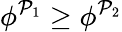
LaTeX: \phi^{\mathcal{P}_{1}}\geq\phi^{\mathcal{P}_{2}}